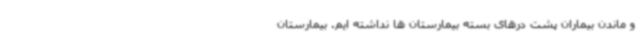
و ماندن بیماران پشت درهای بسته بیمارستان ها نداشته ایم. بیمارستان